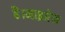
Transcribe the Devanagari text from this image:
है।माइग्रेन